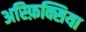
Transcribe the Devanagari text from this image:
अस्फ़िक्सिया